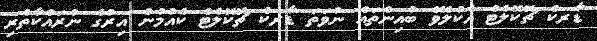
ޑާރކް ޗޮކޮލެޓް އެކުލެވޭ ބުއިންތައް ނުވަތަ ޑާރކް ޗޮކޮލެޓް ކެއުމުން އިރުގެ ނުރައްކާތެރި